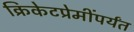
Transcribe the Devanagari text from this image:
क्रिकेटप्रेमींपर्यंत